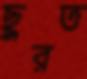
ছুরত